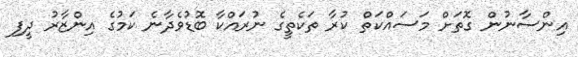
އިންސާނުން ގޮތަށް މަސައްކަތް ކުރާ ތަކެތީގެ ނުރައްކާ ބޮޑުވެދާނެ ކަމުގެ އިންޒާރު ދީފި